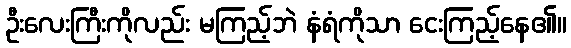
ဦးလေးကြီးကိုလည်း မကြည့်ဘဲ နံရံကိုသာ ငေးကြည့်နေ၏။